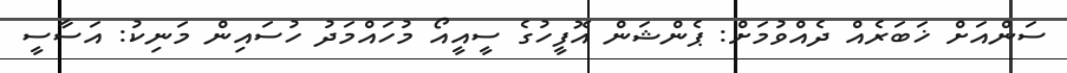
ސަންއަށް ޚަބަރެއް ދެއްވުމަށް: ޕެންޝަން އޮފީހުގެ ސީއީއޯ މުހައްމަދު ހުސައިން މަނިކު: އަސާސީ